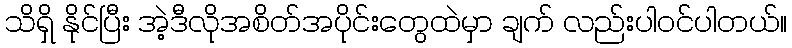
သိရှိ နိုင်ပြီး အဲ့ဒီလိုအစိတ်အပိုင်းတွေထဲမှာ ချက် လည်းပါဝင်ပါတယ်။